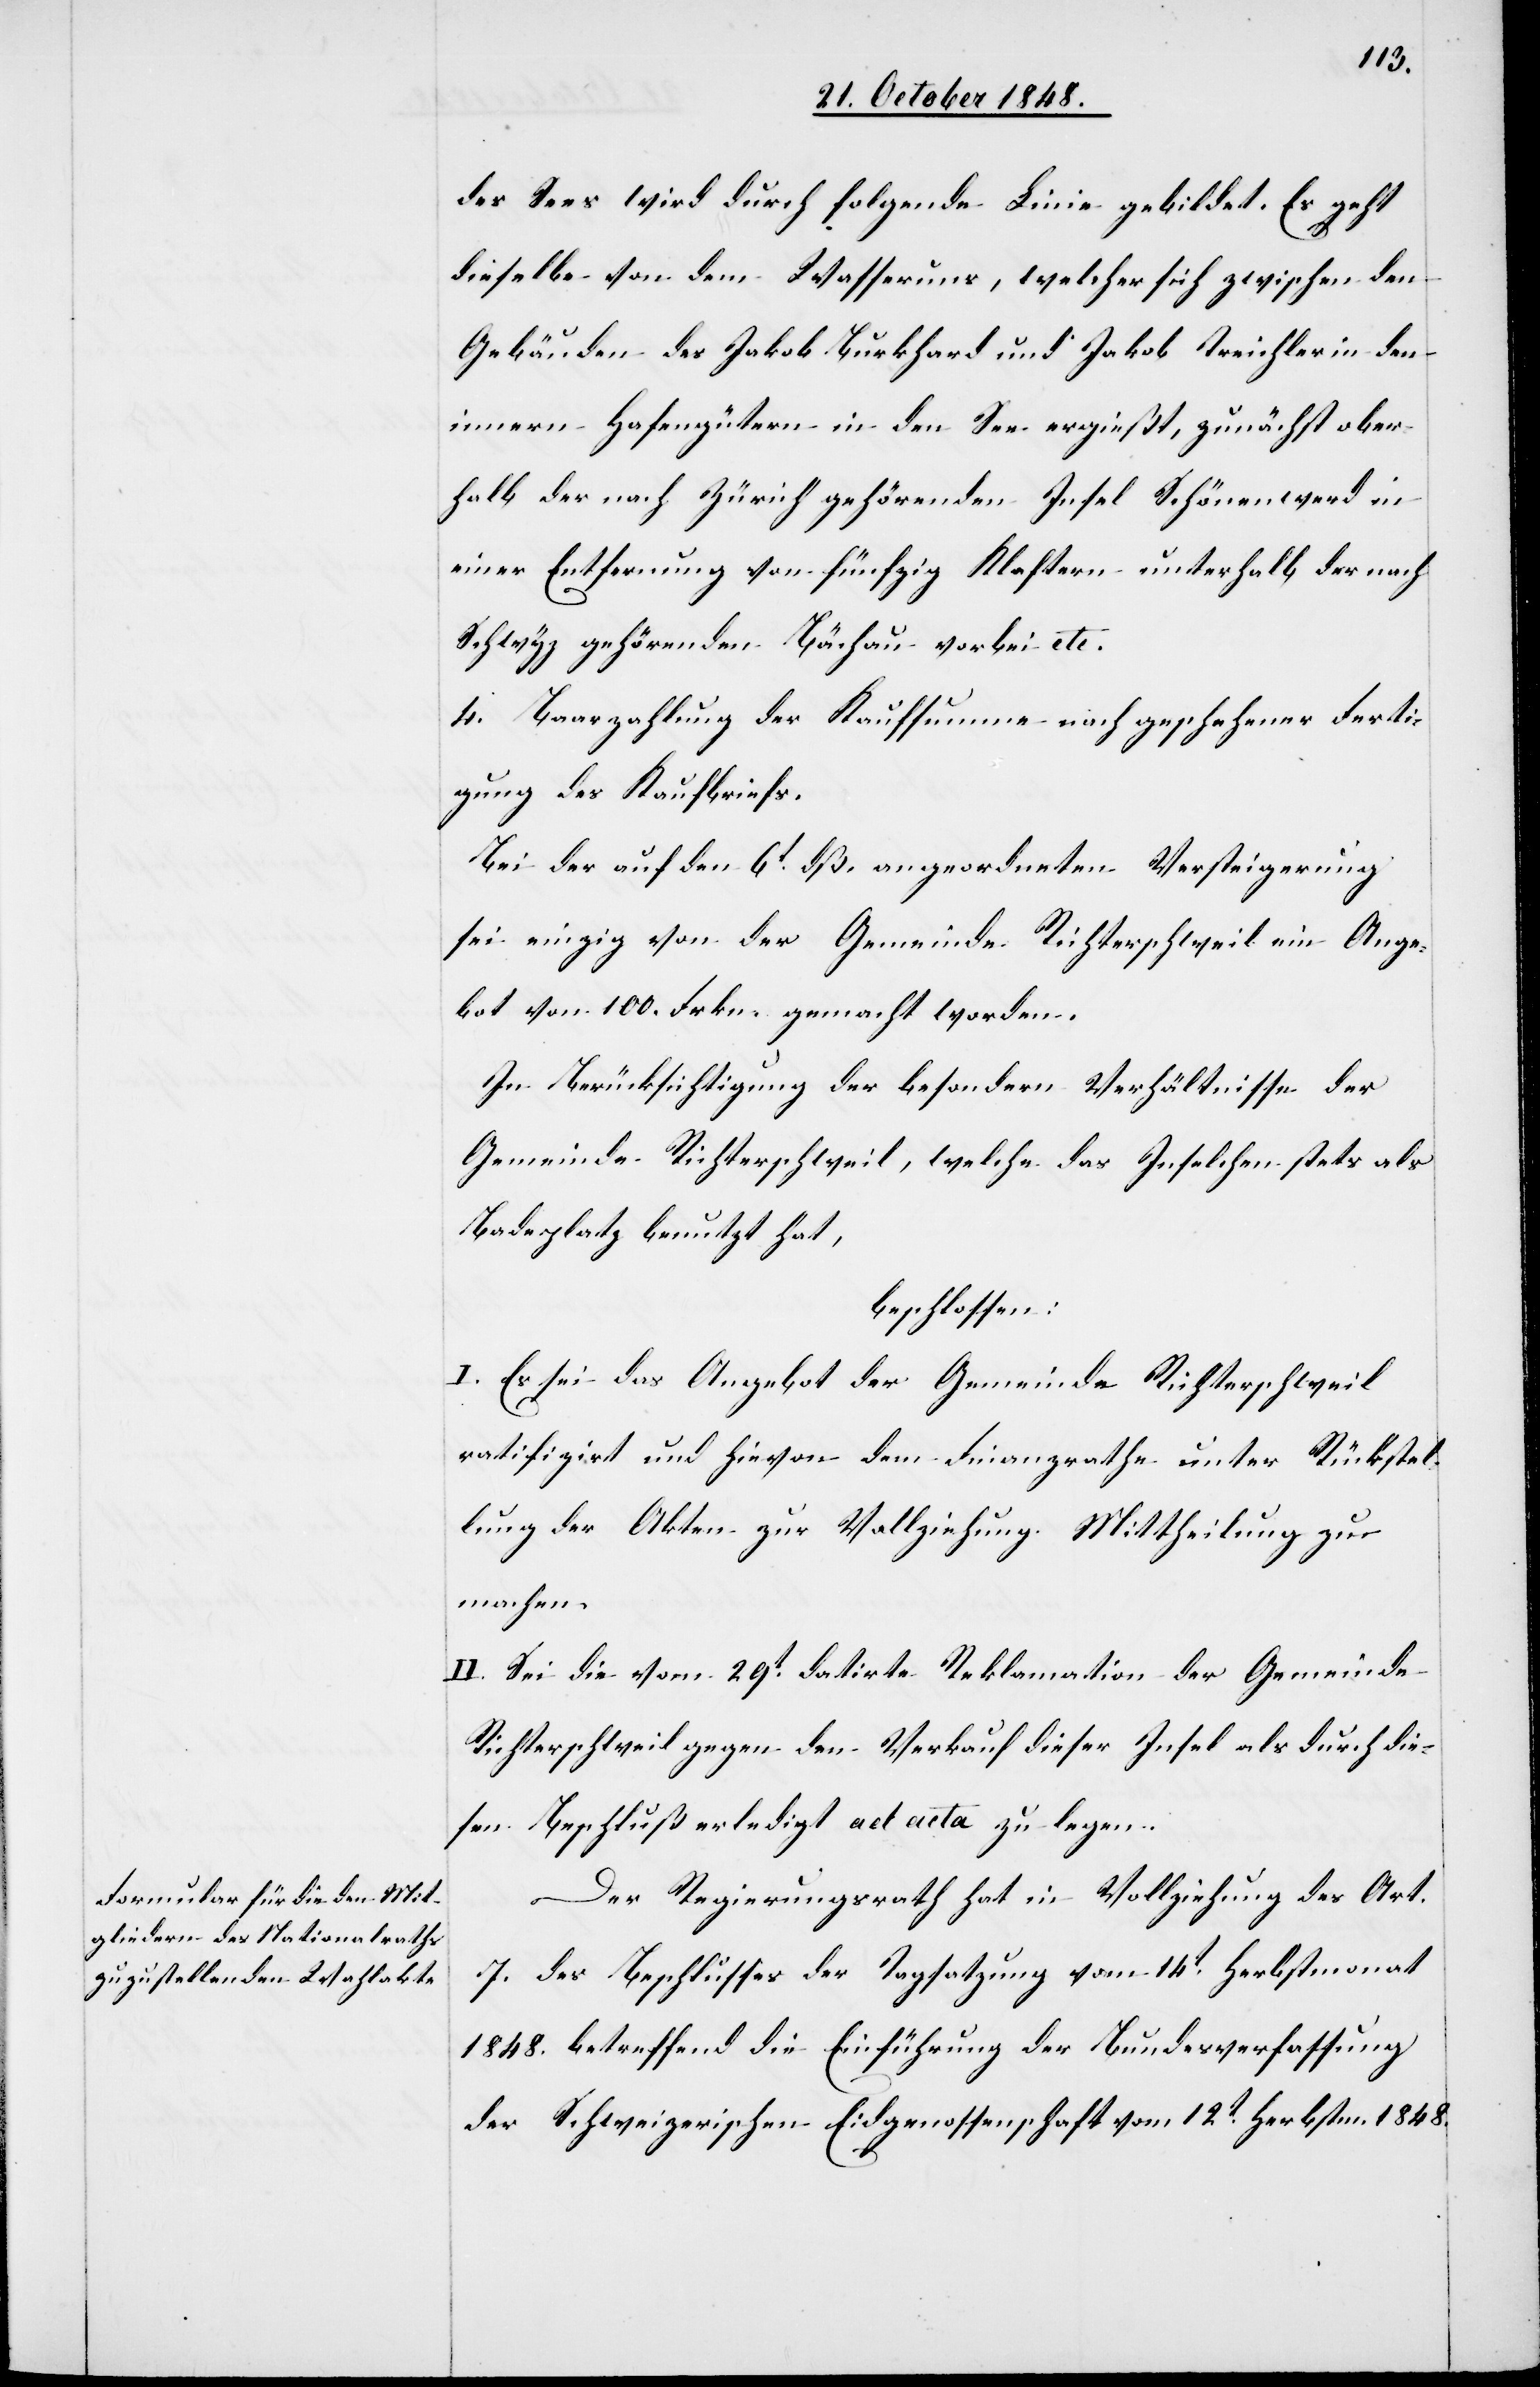
des Sees wird durch folgende Linie gebildet. Es geht
dieselbe von dem Wasseruns, welcher sich zwischen den
Gebäuden des Jakob Burkhard und Jakob Treichler in den
innern Hasengütern in den See ergießt, zunächst ober¬
halb der nach Zürich gehörenden Insel Schönenwerd in
einer Entfernung von fünfzig Klaftern unterhalb der nach
Schwyz gehörenden Bächau vorbei etc.
4. Baarzahlung der Kaufsumme nach geschehener Ferti¬
gung des Kaufbriefs.
Bei der auf den 6t dß. angeordneten Versteigerung
sei einzig von der Gemeinde Richterschweil ein Ange¬
bot von 100. Frkn. gemacht worden.
In Berücksichtigung der besondern Verhältnisse der
Gemeinde Richterschweil, welche das Inselchen stets als
Badeplatz benutzt hat,
beschlossen:
I. Es sei das Angebot der Gemeinde Richterschweil
ratifizirt und hievon dem Finanzrathe unter Rückstel¬
lung der Akten zur Vollziehung Mittheilung zu
machen.
II. Sei die vom 29t datirte Reklamation der Gemeinde
Richterschweil gegen den Verkauf dieser Insel als durch die¬
sen Beschluß erledigt ad acta zu legen.
Der Regierungsrath hat in Vollziehung des Art.
7. des Beschlusses der Tagsatzung vom 14t Herbstmonat
1848. betreffend die Einführung der Bundesverfassung
der Schweizerischen Eidgenossenschaft vom 12t Herbstm. 1848.